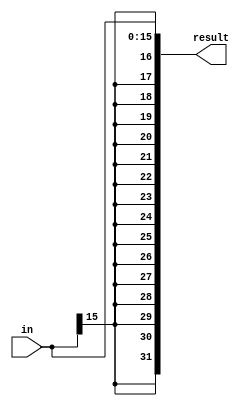
module SignExtend(result,in);
    input [15:0] in;
    output [31:0] result;
    assign result = {{16{in[15]}}, in};
endmodule